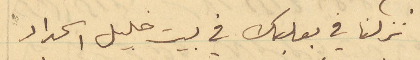
نزلنا في بعلبك في بيت خليل الحداد